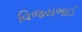
વિજયભાઈ